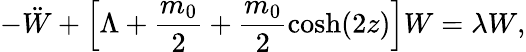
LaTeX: -\ddot{W}+\left[\Lambda+\frac{m_{0}}{2}+\frac{m_{0}}{2}\textrm{cosh}(2z)\right]W=\lambda W,